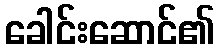
ခေါင်းဆောင်၏